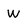
Character: W